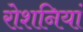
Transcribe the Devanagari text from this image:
रोशनियां